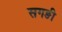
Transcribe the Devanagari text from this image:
सगङी